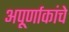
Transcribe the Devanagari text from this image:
अपूर्णाकांचे